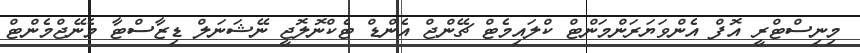
މިނިސްޓްރީ އޮފް އެންވަޔަރަންމަންޓް ކްލައިމެޓް ޗޭންޖް އެންޑް ޓެކްނޮލޮޖީ ނޭޝަނަލް ޑިޒާސްޓާ މެނޭޖްމެންޓް